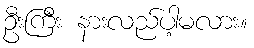
ဦးကြီး နားလည်ပါ့မလား။